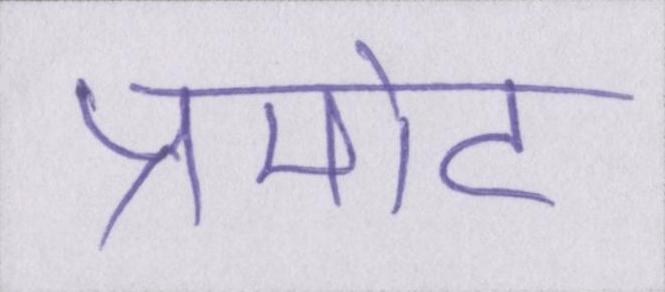
प्रमोट